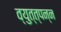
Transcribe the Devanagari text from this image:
व्युत्त्पन्न